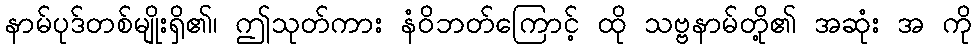
နာမ်ပုဒ်တစ်မျိုးရှိ၏၊ ဤသုတ်ကား နံဝိဘတ်ကြောင့် ထို သဗ္ဗနာမ်တို့၏ အဆုံး အ ကို